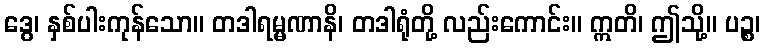
ဒွေ၊ နှစ်ပါးကုန်သော။ တဒါရမ္မဏာနိ၊ တဒါရုံတို့ လည်းကောင်း။ ဣတိ၊ ဤသို့။ ပဉ္စ၊